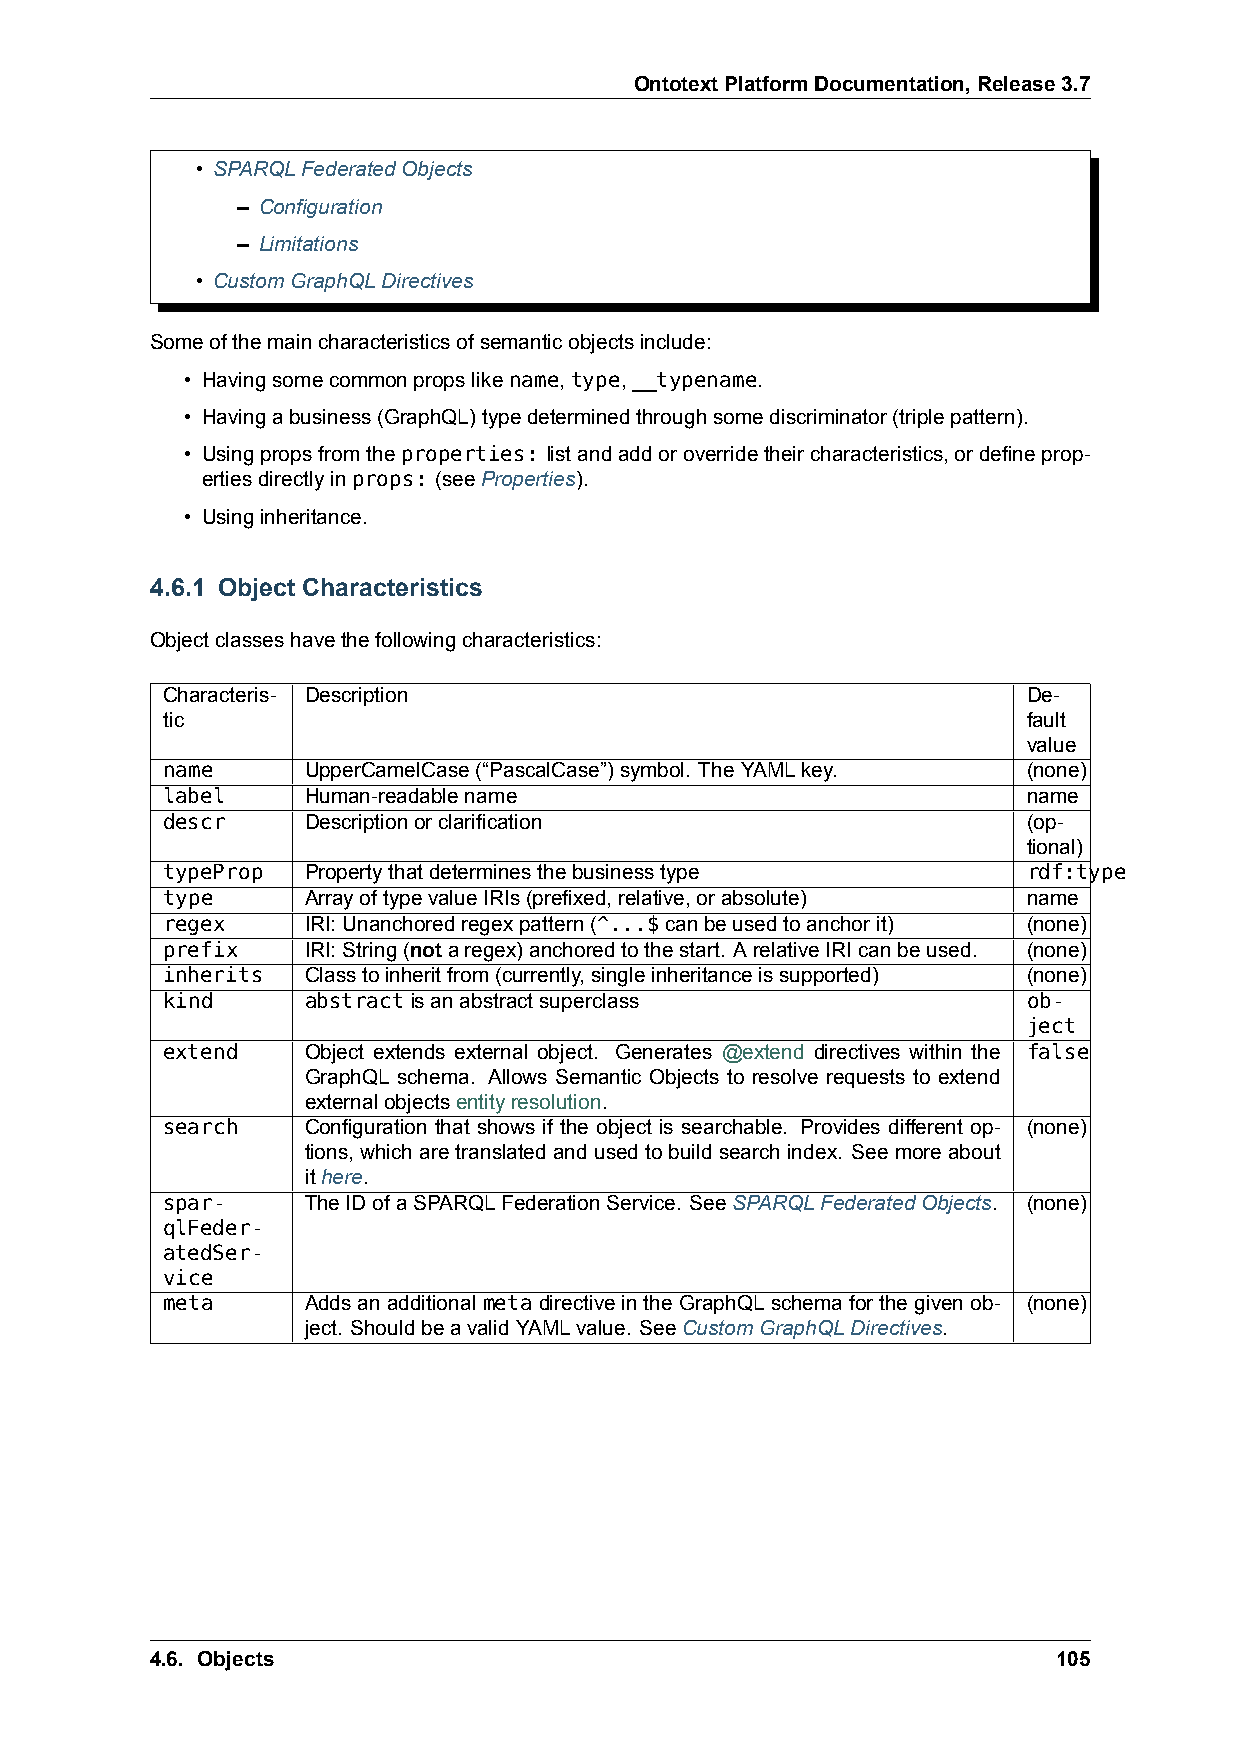
OntotextPlatformDocumentation,Release3.7
 • SPARQLFederatedObjects
 – Configuration
 – Limitations
 • CustomGraphQLDirectives
 Someofthemaincharacteristicsofsemanticobjectsinclude:
 • Havingsomecommonpropslikename,type,__typename.
 • Havingabusiness(GraphQL)typedeterminedthroughsomediscriminator(triplepattern).
 • Usingpropsfromtheproperties: listandaddoroverridetheircharacteristics,ordefineprop-
 ertiesdirectlyinprops: (seeProperties).
 • Usinginheritance.
 4.6.1 Object Characteristics
 Objectclasseshavethefollowingcharacteristics:
 Characteris- Description                                 De-
 tic                                                      fault
 value
 name     UpperCamelCase(“PascalCase”)symbol. TheYAMLkey. (none)
 label    Human-readablename                              name
 descr    Descriptionorclarification                      (op-
 tional)
 typeProp Propertythatdeterminesthebusinesstype           rdf:type
 type     ArrayoftypevalueIRIs(prefixed,relative,orabsolute) name
 regex    IRI:Unanchoredregexpattern(^...$canbeusedtoanchorit) (none)
 prefix   IRI:String(notaregex)anchoredtothestart. ArelativeIRIcanbeused. (none)
 inherits Classtoinheritfrom(currently,singleinheritanceissupported) (none)
 kind     abstractisanabstractsuperclass                  ob-
 ject
 extend   Object extends external object. Generates @extend directives within the false
 GraphQL schema. Allows Semantic Objects to resolve requests to extend
 externalobjectsentityresolution.
 search   Configuration that shows if the object is searchable. Provides different op- (none)
 tions, whicharetranslatedandusedtobuildsearchindex. Seemoreabout
 ithere.
 spar-    TheIDofaSPARQLFederationService. SeeSPARQLFederatedObjects. (none)
 qlFeder-
 atedSer-
 vice
 meta     AddsanadditionalmetadirectiveintheGraphQLschemaforthegivenob- (none)
 ject. ShouldbeavalidYAMLvalue. SeeCustomGraphQLDirectives.
 4.6. Objects                                                105